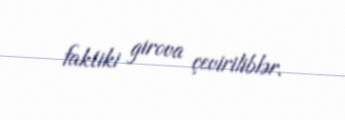
faktiki girova çeviriliblər.